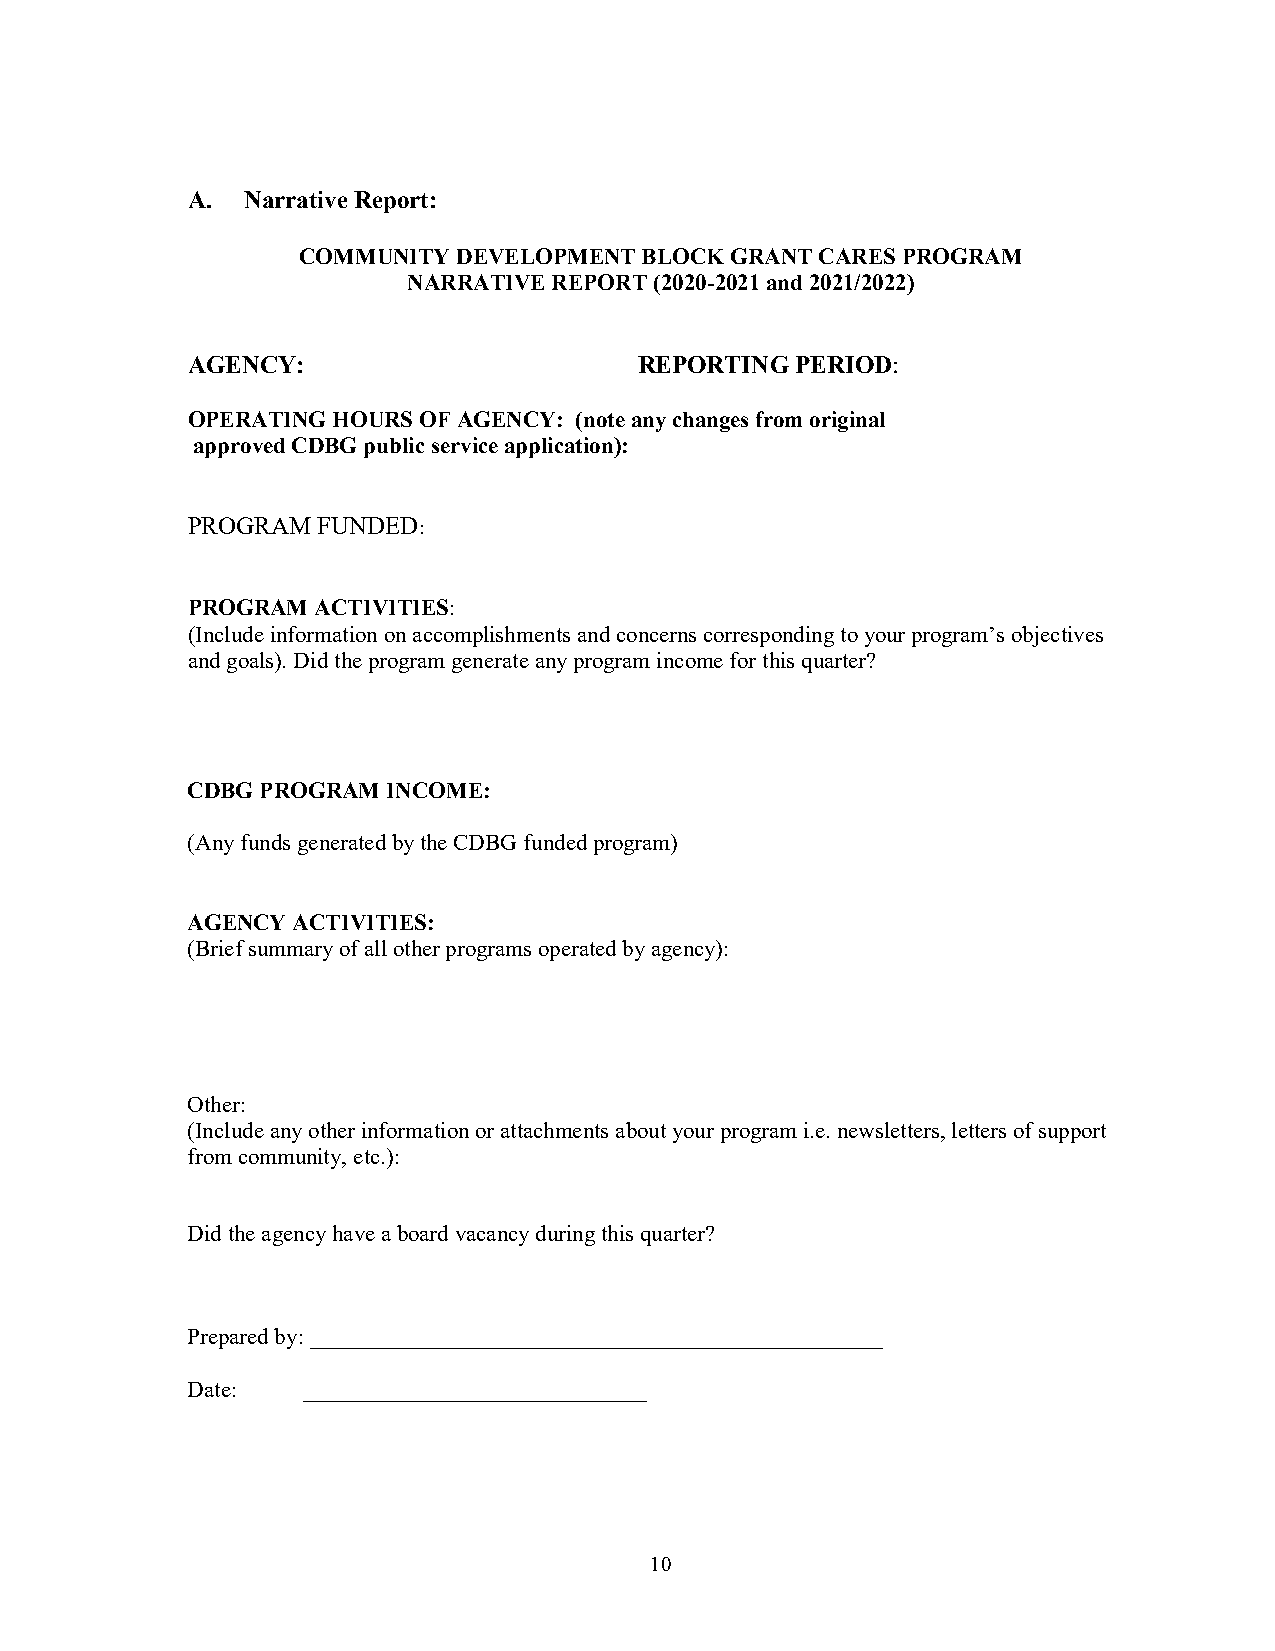
A.  Narrative Report:
 COMMUNITY DEVELOPMENT BLOCK GRANT CARES PROGRAM
 NARRATIVE REPORT (2020-2021 and 2021/2022)
 AGENCY:                       REPORTING  PERIOD:
 OPERATING HOURS OF AGENCY: (note any changes from original
 approved CDBG public service application):
 PROGRAM  FUNDED:
 PROGRAM  ACTIVITIES:
 (Include information on accomplishments and concerns corresponding to your program’s objectives
 and goals). Did the program generate any program income for this quarter?
 CDBG PROGRAM  INCOME:
 (Any funds generated by the CDBG funded program)
 AGENCY ACTIVITIES:
 (Brief summary of all other programs operated by agency):
 Other:
 (Include any other information or attachments about your program i.e. newsletters, letters of support
 from community, etc.):
 Did the agency have a board vacancy during this quarter?
 Prepared by: __________________________________________________
 Date:   ______________________________
 10